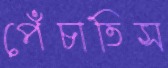
পেঁচাতিস